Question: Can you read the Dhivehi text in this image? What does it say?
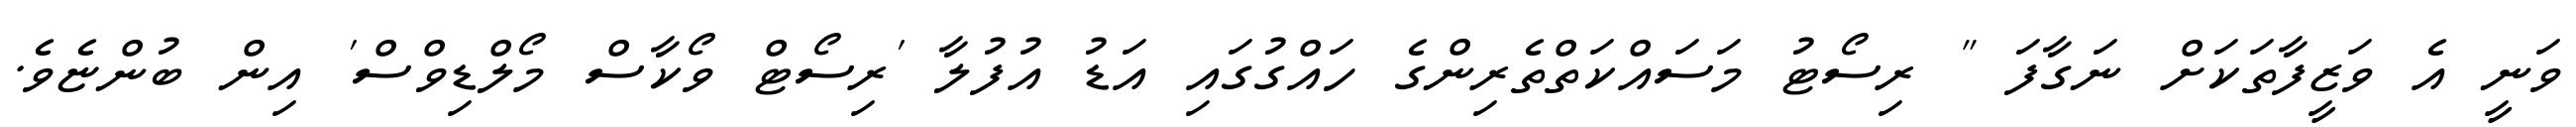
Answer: ވަނީ އެ ވަޒީފާތަކަށް ނަގާފަ " ރިސޯޓު މަސައްކަތްތެރިންގެ ހައްގުގައި އަޑު އުފުލާ 'ރިސޯޓް ވޯކާސް މޯލްޑިވްސް' އިން ބުންޏެވެ.